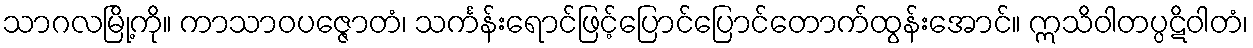
သာဂလမြို့ကို။ ကာသာဝပဇ္ဇောတံ၊ သင်္ကန်းရောင်ဖြင့်ပြောင်ပြောင်တောက်ထွန်းအောင်။ ဣသိဝါတပ္ပဋိဝါတံ၊